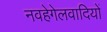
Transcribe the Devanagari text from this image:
नवहेगेलवादियों